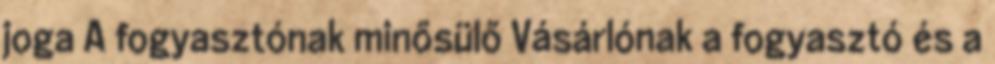
joga A fogyasztónak minősülő Vásárlónak a fogyasztó és a